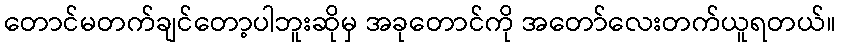
တောင်မတက်ချင်တော့ပါဘူးဆိုမှ အခုတောင်ကို အတော်လေးတက်ယူရတယ်။